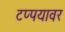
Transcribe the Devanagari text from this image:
टप्पयावर